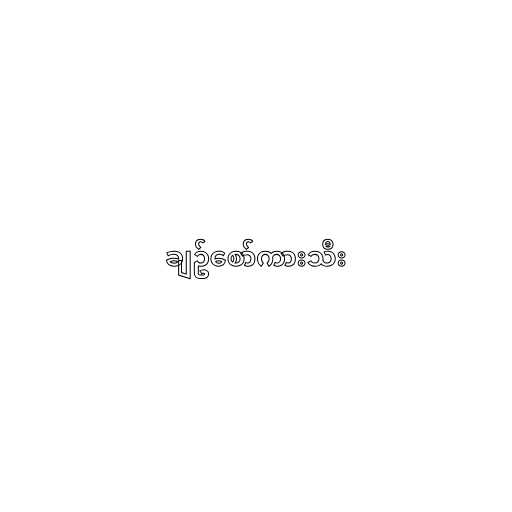
ချဥ်စော်ကားသီး